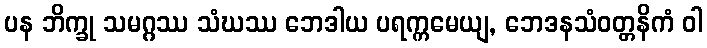
ပန ဘိက္ခု သမဂ္ဂဿ သံဃဿ ဘေဒါယ ပရက္ကမေယျ, ဘေဒနသံဝတ္တနိကံ ဝါ